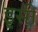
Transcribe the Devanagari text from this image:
इृसी